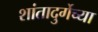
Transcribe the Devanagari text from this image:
शांतादुर्गेच्या